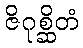
ဇိဂုစ္ဆိတံ